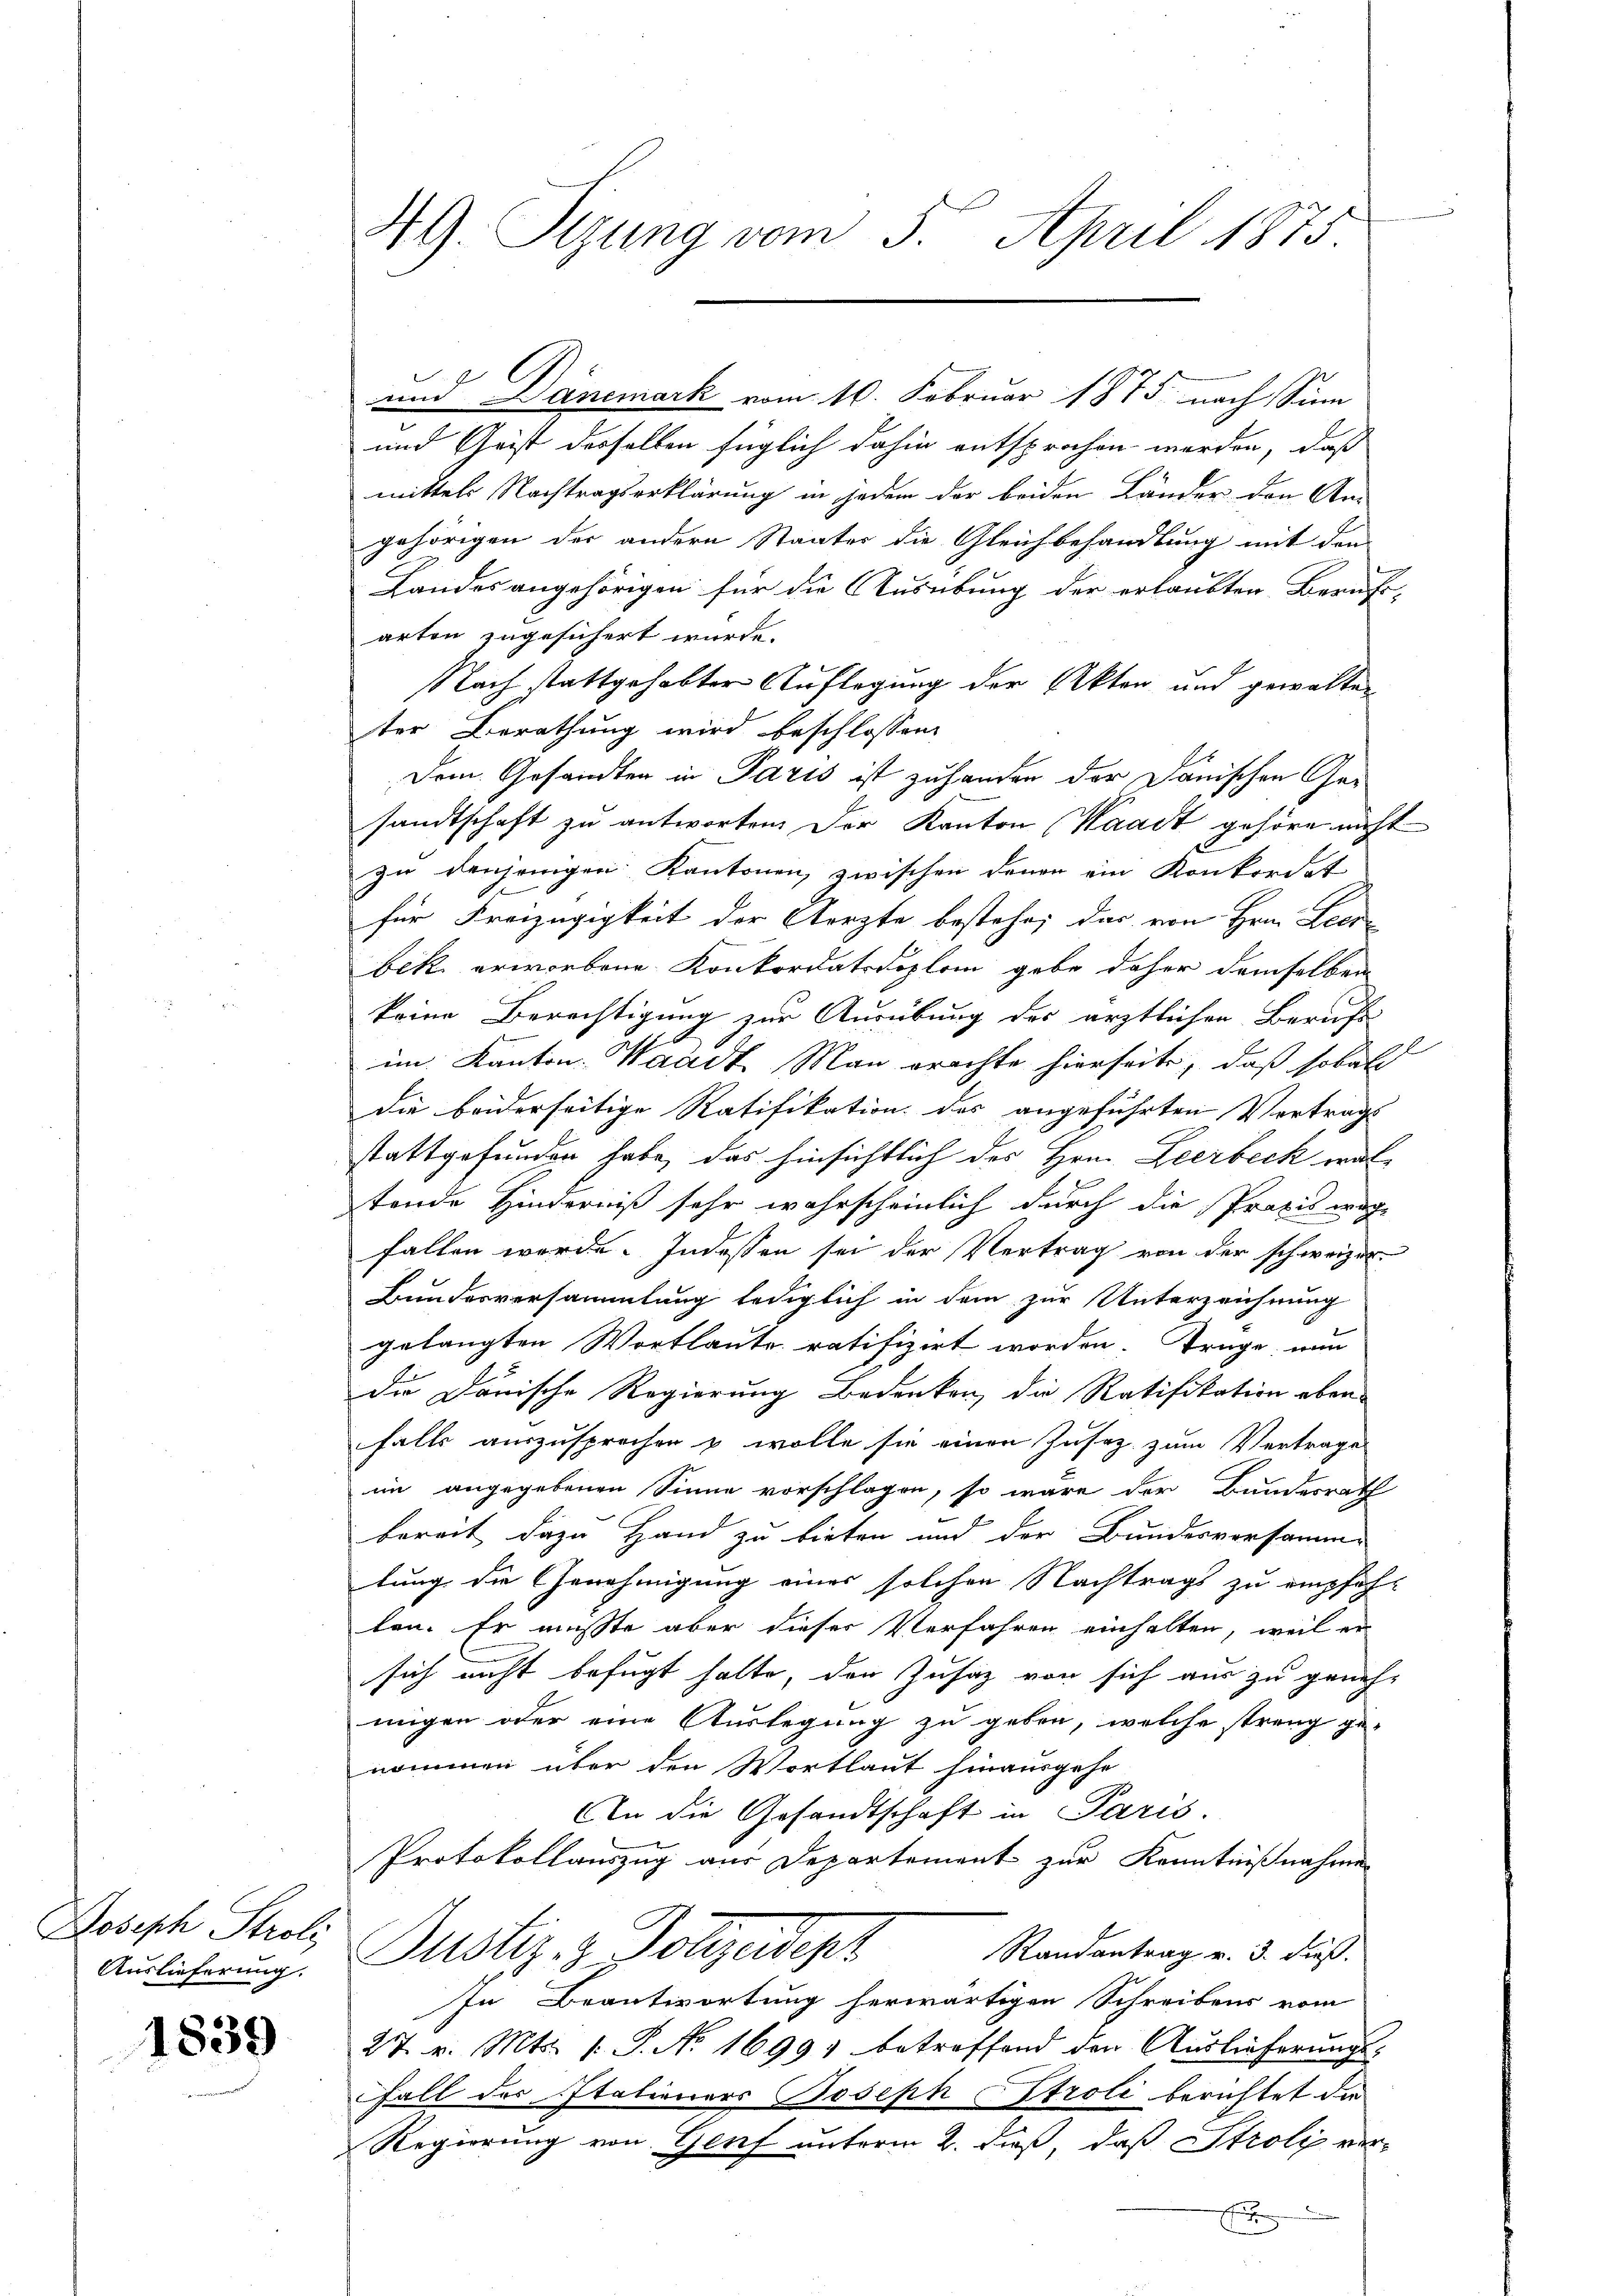
Joseph Stroh
Auslieferung.

1839

49. Sizung vom 5. April 1875.

und Dänemark vom 10. Februar 1875 nach Sinn
und Geist desselben füglich dahin entsprochen werden, daß
mittels Nachtragserklärung in jedem der beiden Länder den An-
gehörigen der andern Staates die Gleichbehandlung mit den
Landes angehörigen für die Ausübung der erlaubten Berufs-
arten zugesichert wurde.
Nach stattgehabter Auflegung der Akten und gewalten
ter Berathung wird beschlossen:
Dem Gesandten in Paris ist zu handen der Danischen Gesandtschaft zu antworten. Der Kanton Waadt gehöre nicht
t
zu denjenigen Kantonen, zwischen denen ein Konkordat
für Freizügigkeit der Aerzte bestehe; das von Hrn. Leer
bek erworbene Konkordatsdiplom gebe daher demselben
keine Berechtigung zur Ausübung des ärztlichen Berufs-
im Kanton Waadt Man erachte hierseite, daß sobald
die beiderseitige Ratifikation des angeführten Vertrags
stattgefunden habe, das hinsichtlich des Hrn. Leerbeck war
f
tende Hinderniß sehr wahrscheinlich durch die Praxis wage
fallen werde. Indessen sei der Vertrag von der schweizer
Bundesversammlung lediglich in dem zur Unterzeichnung
gelangten Wortlaute ratifizirt worden. Trage, nun
Die Donische Regierung Bedenken, die Ratifikation aber
falls auszusprechen & wolle sie einen Zusaz zum Vertrage
im angegebenen Sinne vorschlagen, so wäre der Bundesrath
bereit dazu Hand zu bieten und der Bundesversamm-
lung die Genehmigung eines solchen Nachtrags zu empfehlen. Er müsste aber dieser Verfahren einhalten, weil er
sich nicht befugt hatte, den Zusatz von sich aus zu geneh-
migen oder eine Auslegung zu geben, welche streng ge-
nommen über den Wortlaut hinausgehe
An die Gesandtschaft in Paris.
Protokollauszug aus Departement zur Kenntnißnahme
Randantrag v. 3. dieß.
Justiz- & Polizeidept
In Beantwortung herwärtigen Schreibens vom
27. v. Mts. 1. P. No 1699) betreffend den Auslieferungs-
Fall des Italieners Joseph Stroli berichtet die
Regierung von Genf unterm 2. dieß, daß Stroli ver-
f

l